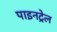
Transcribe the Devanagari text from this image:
पाइनट्रेल